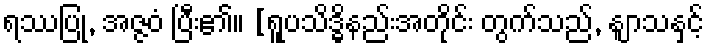
ရဿပြု, အဇ္ဇဝံ ပြီး၏။ [ရူပသိဒ္ဓိနည်းအတိုင်း တွက်သည်, နျာသနှင့်